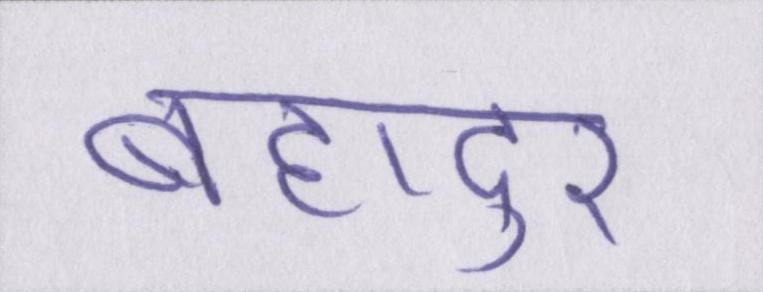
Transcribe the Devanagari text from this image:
बहादुर